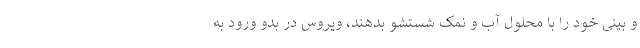
و بینی خود را با محلول آب و نمک شستشو بدهند، ویروس در بدو ورود به